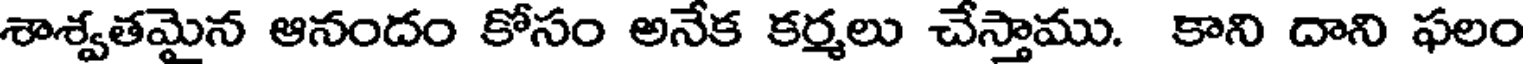
శాశ్వతమైన ఆనందం కోసం అనేక కర్మలు చేస్తాము. కాని దాని ఫలం